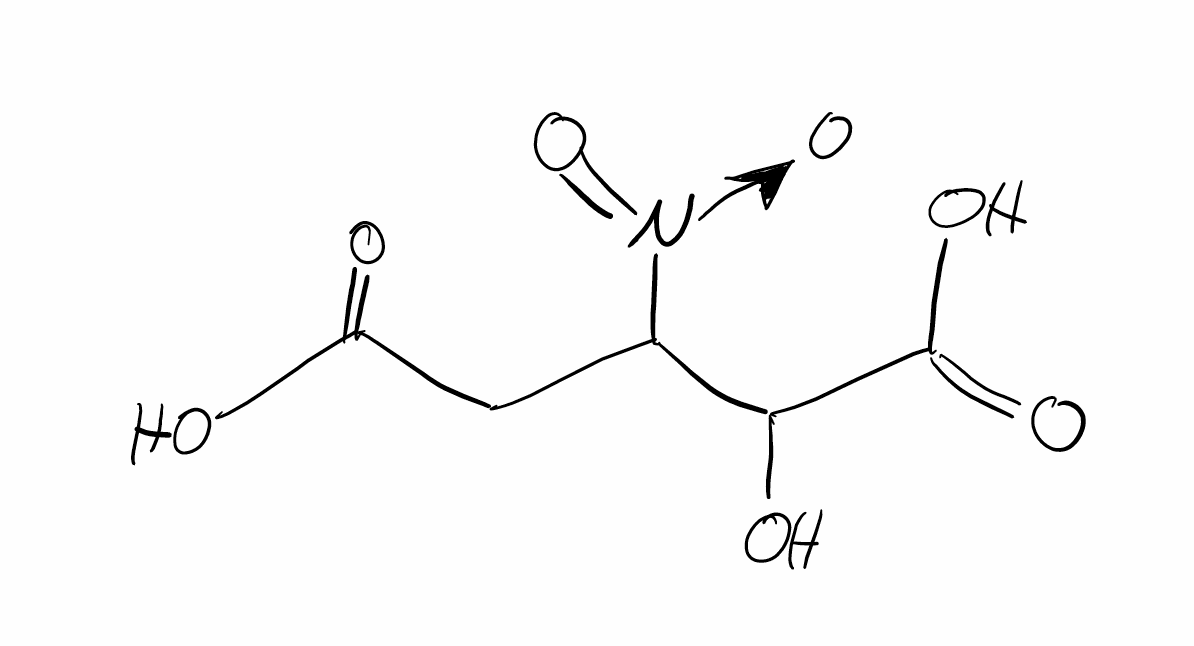
Simplified molecular-input line-entry system (SMILES) notation of the given molecule:
C(C(C(C(=O)O)O)[N+](=O)[O-])C(=O)O